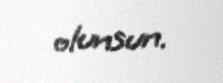
olunsun.